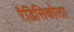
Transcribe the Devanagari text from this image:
रैडिसिकोला